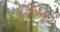
બિલિયાત